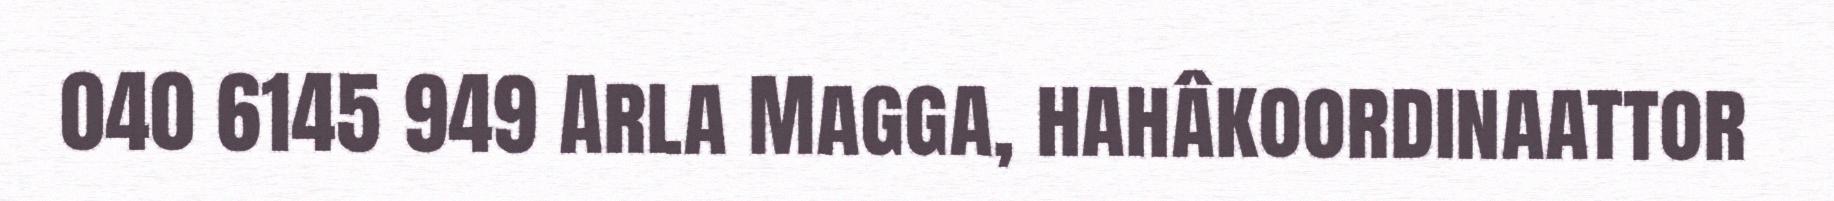
040 6145 949 Arla Magga, hahâkoordinaattor